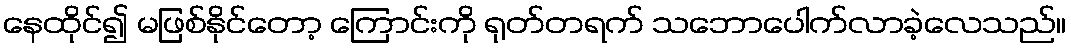
နေထိုင်၍ မဖြစ်နိုင်တော့ ကြောင်းကို ရုတ်တရက် သဘောပေါက်လာခဲ့လေသည်။